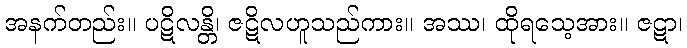
အနက်တည်း။ ပဋိလန္တိ၊ ဇဋိလဟူသည်ကား။ အဿ၊ ထိုရသေ့အား။ ဇဋာ၊